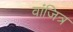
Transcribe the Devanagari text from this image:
वांजित्र